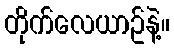
တိုက်လေယာဥ်နဲ့။